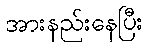
အားနည်းနေပြီး